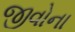
જીવોના